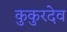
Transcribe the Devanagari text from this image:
कुकुरदेव